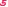
Text: 5